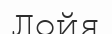
Лойя